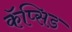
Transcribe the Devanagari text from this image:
कॅप्सिड